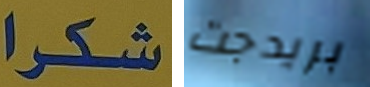
شكرا بريدجت